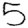
Digit: 5